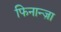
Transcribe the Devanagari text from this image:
फिनान्ज़ा